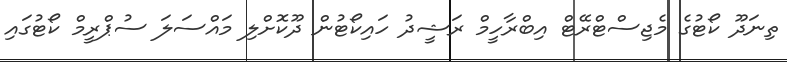
ތިނަދޫ ކޯޓުގެ މެޖިސްޓްރޭޓް އިބްރާހީމް ރަޝީދު ހައިކޯޓުން ދޫކޮށްލި މައްސަލަ ސުޕްރީމް ކޯޓުގައި